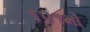
૧૫૧મો